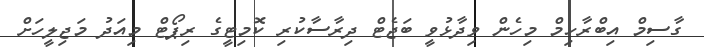
ގާސިމް އިބްރާހިމް މިހެން ވިދާޅުވީ ބަޖެޓް ދިރާސާކުރި ކޮމިޓީގެ ރިޕޯޓް މިއަދު މަޖިލީހަށް